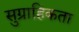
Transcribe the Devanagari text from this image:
सुग्राहिकता